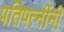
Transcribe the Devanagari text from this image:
पतिपत्नींनी